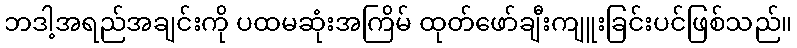
ဘဒါ့အရည်အချင်းကို ပထမဆုံးအကြိမ် ထုတ်ဖော်ချီးကျူးခြင်းပင်ဖြစ်သည်။